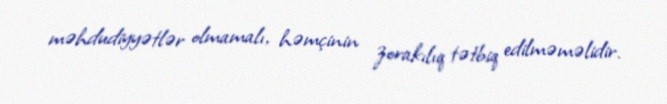
məhdudiyyətlər olmamalı, həmçinin zorakılıq tətbiq edilməməlidir.